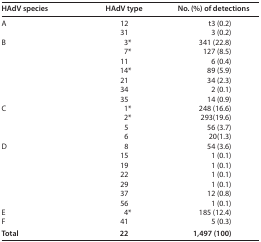
<table><thead><tr><td><b>HAdV species</b></td><td><b>HAdV type</b></td><td><b>No. (%) of detections</b></td></tr></thead><tbody><tr><td rowspan="2"><b>A</b></td><td><b>12</b></td><td><b> t3 (0.2)</b></td></tr><tr><td>31</td><td>3 (0.2)</td></tr><tr><td rowspan="7">B</td><td>3*</td><td>341 (22.8)</td></tr><tr><td>7*</td><td>127 (8.5)</td></tr><tr><td>11</td><td>6 (0.4)</td></tr><tr><td>14*</td><td>89 (5.9)</td></tr><tr><td>21</td><td>34 (2.3)</td></tr><tr><td>34</td><td>2 (0.1)</td></tr><tr><td>35</td><td>14 (0.9)</td></tr><tr><td rowspan="4">C</td><td>1*</td><td>248 (16.6)</td></tr><tr><td>2*</td><td>293(19.6)</td></tr><tr><td>5</td><td>56 (3.7)</td></tr><tr><td>6</td><td>20(1.3)</td></tr><tr><td rowspan="7">D</td><td>8</td><td>54 (3.6)</td></tr><tr><td>15</td><td>1 (0.1)</td></tr><tr><td>19</td><td>1 (0.1)</td></tr><tr><td>22</td><td>1 (0.1)</td></tr><tr><td>29</td><td>1 (0.1)</td></tr><tr><td>37</td><td>12 (0.8)</td></tr><tr><td>56</td><td>1 (0.1)</td></tr><tr><td>E</td><td>4*</td><td>185 (12.4)</td></tr><tr><td>F</td><td>41</td><td>5 (0.3)</td></tr><tr><td><b>Total</b></td><td><b>22</b></td><td><b>1,497 (100)</b></td></tr></tbody></table>